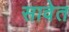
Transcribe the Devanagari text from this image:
सावेत